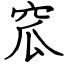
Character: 窊